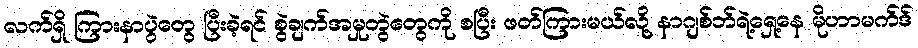
လက်ရှိ ကြားနာပွဲတွေ ပြီးခဲ့ရင် စွဲချက်အမှုတွဲတွေကို စပြီး ဖတ်ကြားမယ်လို့ နာဂျစ်ဘ်ရဲ့ရှေ့နေ မိုဟာမက်ဒ်